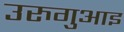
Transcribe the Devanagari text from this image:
उरुगुआइ